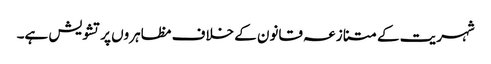
شہریت کے متنازعہ قانون کے خلاف مظاہروں پر تشویش ہے۔